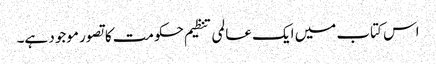
اس کتاب میں ایک عالمی تنظیم حکومت کا تصور موجود ہے۔